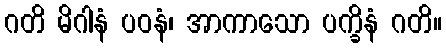
ဂတိ မိဂါနံ ပဝနံ၊ အာကာသော ပက္ခိနံ ဂတိ။